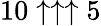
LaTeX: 10\uparrow\uparrow\uparrow 5